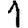
Digit: 1